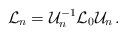
LaTeX: \begin{align*}{\cal L}_n = {\cal U}_n^{- 1} {\cal L}_0 {\cal U}_n \,.\end{align*}